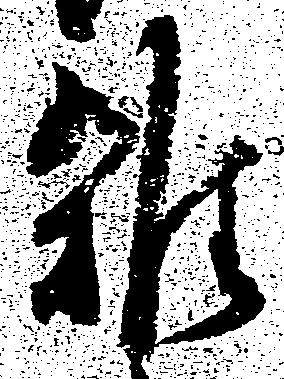
雑